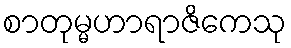
စာတုမ္မဟာရာဇိကေသု